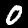
Label: 0